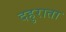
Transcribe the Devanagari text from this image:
दहुराता